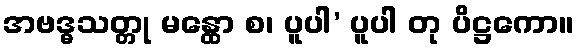
အဗဒ္ဓသတ္တု မန္ထော စ၊ ပူပါ’ ပူပါ တု ပိဋ္ဌကော။